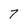
Character: 7